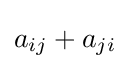
{\textstyle a_{ij}+a_{ji}}